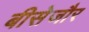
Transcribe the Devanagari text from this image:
बीसेजौर